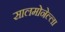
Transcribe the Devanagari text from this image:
सालमोनेल्ला